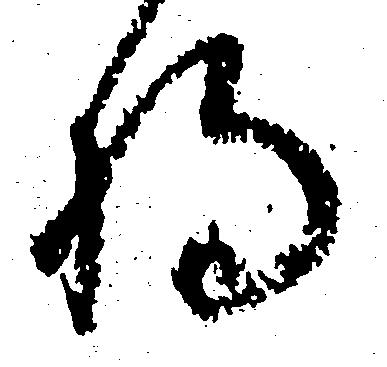
将